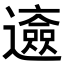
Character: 𨘰